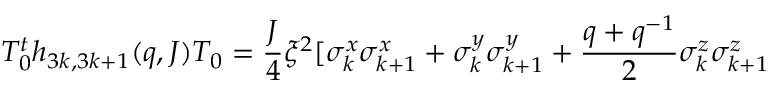
T _ { 0 } ^ { t } h _ { 3 k , 3 k + 1 } ( q , J ) T _ { 0 } = \frac { J } { 4 } \xi ^ { 2 } [ \sigma _ { k } ^ { x } \sigma _ { k + 1 } ^ { x } + \sigma _ { k } ^ { y } \sigma _ { k + 1 } ^ { y } + \frac { q + q ^ { - 1 } } { 2 } \sigma _ { k } ^ { z } \sigma _ { k + 1 } ^ { z }